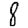
Digit: 8